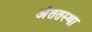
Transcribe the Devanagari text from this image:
अंततस्था